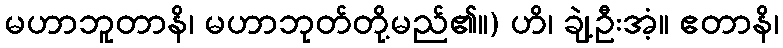
မဟာဘူတာနိ၊ မဟာဘုတ်တို့မည်၏။) ဟိ၊ ချဲ့ဦးအံ့။ ဧတာနိ၊